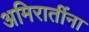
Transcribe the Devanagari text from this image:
अमिरातींना